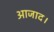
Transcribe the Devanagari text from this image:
आजाद।